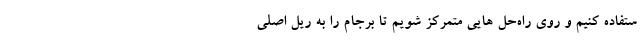
ستفاده کنیم و روی راه‌حل هایی متمرکز شویم تا برجام را به ریل اصلی